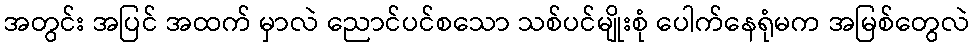
အတွင်း အပြင် အထက် မှာလဲ ညောင်ပင်စသော သစ်ပင်မျိုးစုံ ပေါက်နေရုံမက အမြစ်တွေလဲ